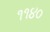
૧૧૪૦